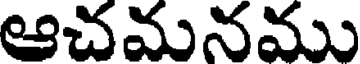
ఆచమనము